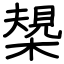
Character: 槼